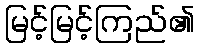
မြင့်မြင့်ကြည်၏